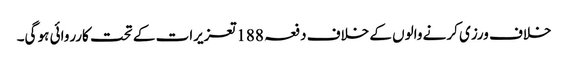
خلاف ورزی کرنے والوں کے خلاف دفعہ 188تعزیرات کے تحت کارروائی ہو گی۔